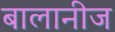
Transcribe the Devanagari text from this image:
बालानीज